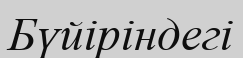
Бүйіріндегі